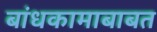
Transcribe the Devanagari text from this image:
बांधकामाबाबत